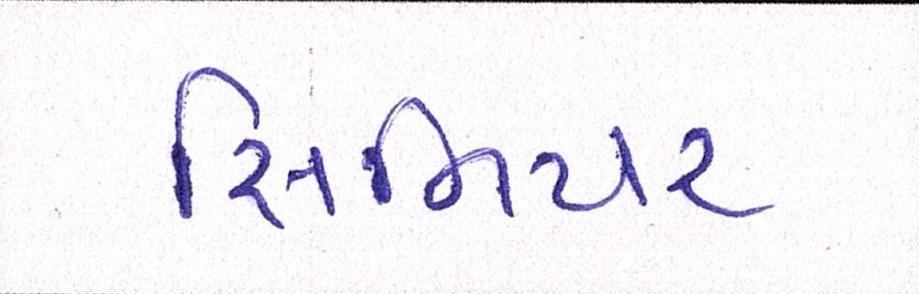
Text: સિનિયર